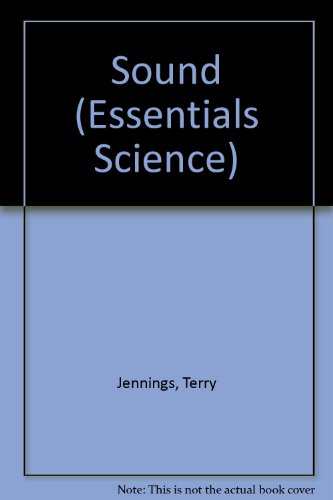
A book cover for Sound (Essentials Science); Terry Jennings; Children's Books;